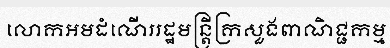
លោកអមដំណើររដ្ឋមន្ត្រីក្រសួងពាណិជ្ជកម្ម